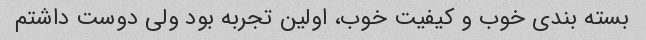
بسته بندی خوب و کیفیت خوب، اولین تجربه بود ولی دوست داشتم